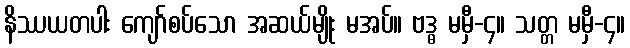
နိဿယတပါး ကျော်စပ်သော အဆယ်မျိုး မအပ်။ ဗဒ္ဓ မမှီ-၄။ သတ္တ မမှီ-၄။